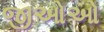
જીઓઓ